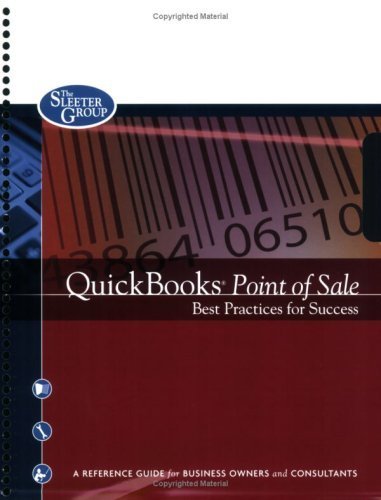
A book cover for QuickBooks Point of Sale Best Practices for Success (Version 7) by Leslie Capachietti (November 1, 2007) Spiral-bound Version 7; Computers & Technology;